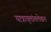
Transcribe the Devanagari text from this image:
यात्रावृत्तांतलेखन